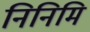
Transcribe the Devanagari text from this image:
निनिमि